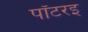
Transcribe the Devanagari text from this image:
पॉटरइ